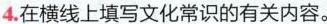
4.在横线上填写文化常识的有关内容。